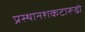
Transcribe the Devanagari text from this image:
प्रस्थानशकटारूढो